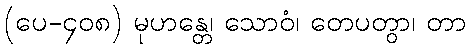
(ပေ-၄၀၈) မုဟန္တေ၊ သောဝံ၊ တေပတွာ၊ တာ